Report of the Indian Hemp Drugs Commission, 1894-1895 - Volume VIII
Year: 1894
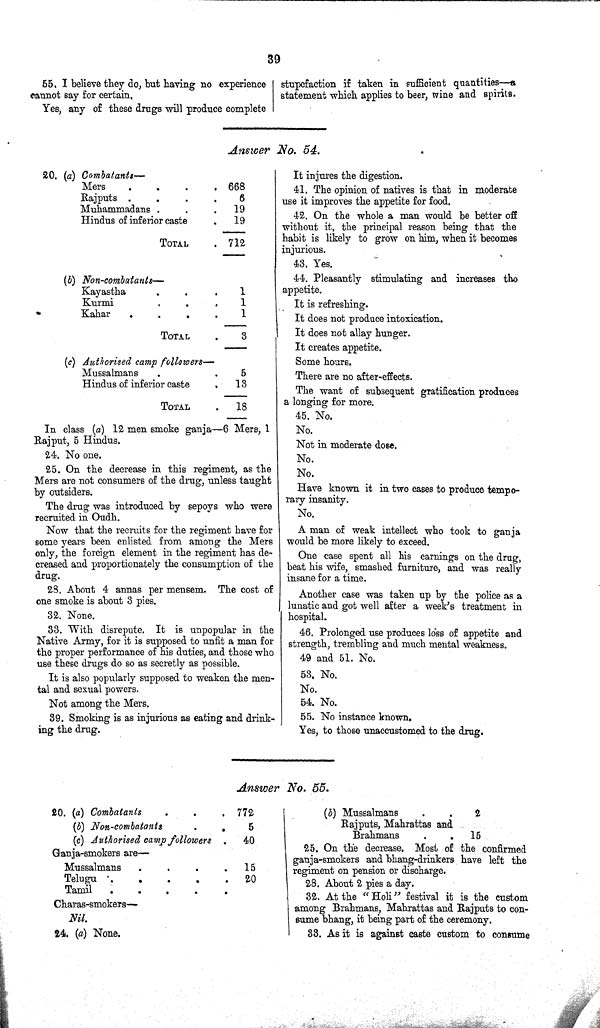
39
55. I believe they do, but having no experience
cannot say for certain.
Yes, any of these drugs will produce complete
stupefaction if taken in sufficient quantities-a
statement which applies to beer, wine and spirits.
Answer No. 54.
20. (a) Combatants—
Mers
668
Rajputs
6
Muhammadans
19
Hindus of inferior caste
19
TOTAL
712
(b) Non-combatants—
Kayastha
1
Kurmi
1
Kahar
1
TOTAL
3
(c) Authorised camp followers—
Mussalmans
5
Hindus of inferior caste
13
TOTAL
18
In class (a) 12 men smoke ganja-6 Mers, 1
Rajput, 5 Hindus.
24. No one.
25. On the decrease in this regiment, as the
Mers are not consumers of the drug, unless taught
by outsiders.
The drug was introduced by sepoys who were
recruited in Oudh.
Now that the recruits for the regiment have for
some years been enlisted from among the Mers
only, the foreign element in the regiment has de-
creased and proportionately the consumption of the
drug.
28. About 4 annas per mensem. The cost of
one smoke is about 3 pies.
32. None.
33. With disrepute. It is unpopular in the
Native Army, for it is supposed to unfit a man for
the proper performance of his duties, and those who
use these drugs do so as secretly as possible.
It is also popularly supposed to weaken the men-
tal and sexual powers.
Not among the Mers.
39. Smoking is as injurious as eating and drink-
ing the drug.
It injures the digestion.
41. The opinion of natives is that in moderate
use it improves the appetite for food.
42. On the whole a man would be better off
without it, the principal reason being that the
habit is likely to grow on him, when it becomes
injurious.
43. Yes.
44. Pleasantly stimulating and increases tho
appetite.
It is refreshing.
It does not produce intoxication.
It does not allay hunger.
It creates appetite.
Some hours.
There are no after-effects.
The want of subsequent gratification produces
a longing for more.
45. No.
No.
Not in moderate dose.
No.
No.
Have known it in two cases to produce tempo-
rary insanity.
No.
A man of weak intellect who took to ganja
would be more likely to exceed.
One case spent all his earnings on the drug,
beat his wife, smashed furniture, and was really
insane for a time.
Another case was taken up by the police as a
lunatic and got well after a week's treatment in
hospital.
46. Prolonged use produces loss of appetite and
strength, trembling and much mental weakness.
49 and 51. No.
53. No.
No.
54. No.
55. No instance known.
Yes, to those unaccustomed to the drug.
Answer No. 55.
20. (a) Combatants
772
(b) Non-combatants
5
(c) Authorised camp followers
40
Ganja-smokers are—
Mussalmans
15
Telugu
20
Tamil
Charas-smokers-
Nil.
24. (a) None.
(b) Mussalmans
.
.
2
Rajputs, Mahrattas and
Brahmans
.
.
15
25. On the decrease. Most of the confirmed
ganja-smokers and bhang-drinkers have left the
regiment on pension or discharge.
28. About 2 pies a day.
32. At the " Holi" festival it is the custom
among Brahmans, Mahrattas and Rajputs to con-
sume bhang, it being part of the ceremony.
33. As it is against caste custom to consume